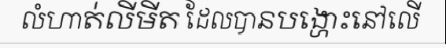
លំហាត់លីមីត ដែលបានបង្ហោះនៅលើ